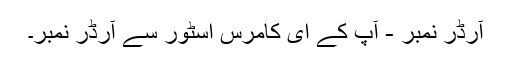
آرڈر نمبر - آپ کے ای کامرس اسٹور سے آرڈر نمبر۔